Vaccination in Bombay 1924-1928 - 1924-1928
Year: 1924
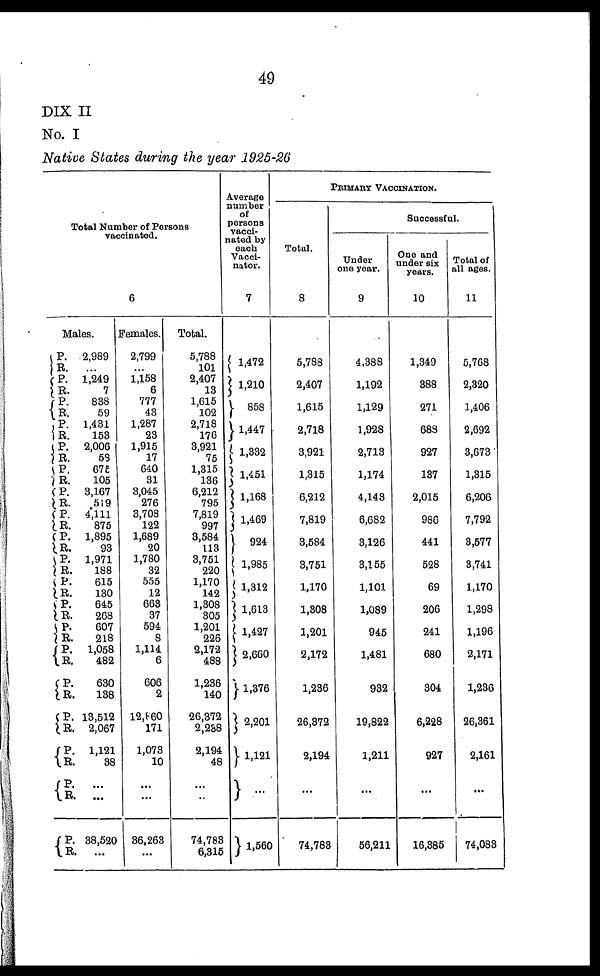
49
DIX II
No. I
Native States during the year 1925-26
Total Number of Persons
vaccinated.
6
Males.
P.
R.
P.
R.
P.
R.
P.
R.
P.
R.
P.
R. P.
R.
P.
R.
P.
R. P.
R. P.
R.
P. R.
P.
R.
P.
R.
P.
R.
P.
R.
P.
R.
P.
R.
P.
R.
2,989
...
1,249
7
838
59
1,431
153
2,006
59
675
105
3,167
519
4,111
875
1,895
93
1,971
188
615
130
645
268
607
218
1,058
482
630
138
13,512
2,067
1,121
38
...
...
38,520
...
Females.
2,799
...
1,158
6
777
43
1,287
23
1,915
17
640
31
3,045
276
3,708
122
1,689
20
1,780
32
555
12
663
37
594
8
1,114
6
606
2
12, 860
171
1,073
10
...
...
36,263
...
Total.
5,788
101
2,407
13
1,615
102
2,718
176
3,921
75
1,315
136
6,212
795
7,819
997
3,584
113
3,751
220
1,170
142
1,308
305
1,201
226
2,172
488
1,236
140
26,372
2,238
2,194
48
...
...
74,783
6,315
Average
number
of
persons
vacci-
nated by
each
Vacci¬
nator.
7
1,472
1,210
858
1,447
1,332
1,451
1,168
1,469
924
1,985
1,312
1,613
1,427
2,660
1,376
2,201
1,121
...
1,560
PRIMARY VACCINATION.
Total.
8
5,788
2,407
1,615
2,718
3,921
1,315
6,212
7,819
3,584
3,751
1,170
1,308
1,201
2,172
1,236
26,372
2,194
...
74,783
Successful.
Under
one year.
9
4,388
1,192
1,129
1,928
2,713
1,174
4,143
6,682
3,126
3,155
1,101
1,089
945
1,481
932
19,822
1,211
...
56,211
One and
under six
years.
10
1,349
388
271
688
927
137
2,015
986
441
528
69
206
241
680
304
6,228
927
...
16,385
Total of
all ages.
11
5,768
2,320
1,406
2,692
3,673
1,315
6,206
7,792
3,577
3,741
1,170
1,298
1,196
2,171
1,236
26,361
2,161
...
74,083